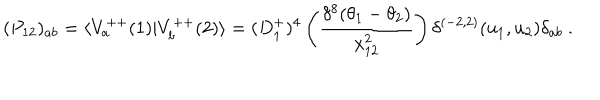
LaTeX: ( P _ { 1 2 } ) _ { a b } = \langle V _ { a } ^ { + + } ( 1 ) \vert V _ { b } ^ { + + } ( 2 ) \rangle = ( D _ { 1 } ^ { + } ) ^ { 4 } \left( { \frac { \delta ^ { 8 } ( \theta _ { 1 } - \theta _ { 2 } ) } { x _ { 1 2 } ^ { 2 } } } \right) \delta ^ { ( - 2 , 2 ) } ( u _ { 1 } , u _ { 2 } ) \delta _ { a b } \ .